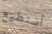
أستطيع